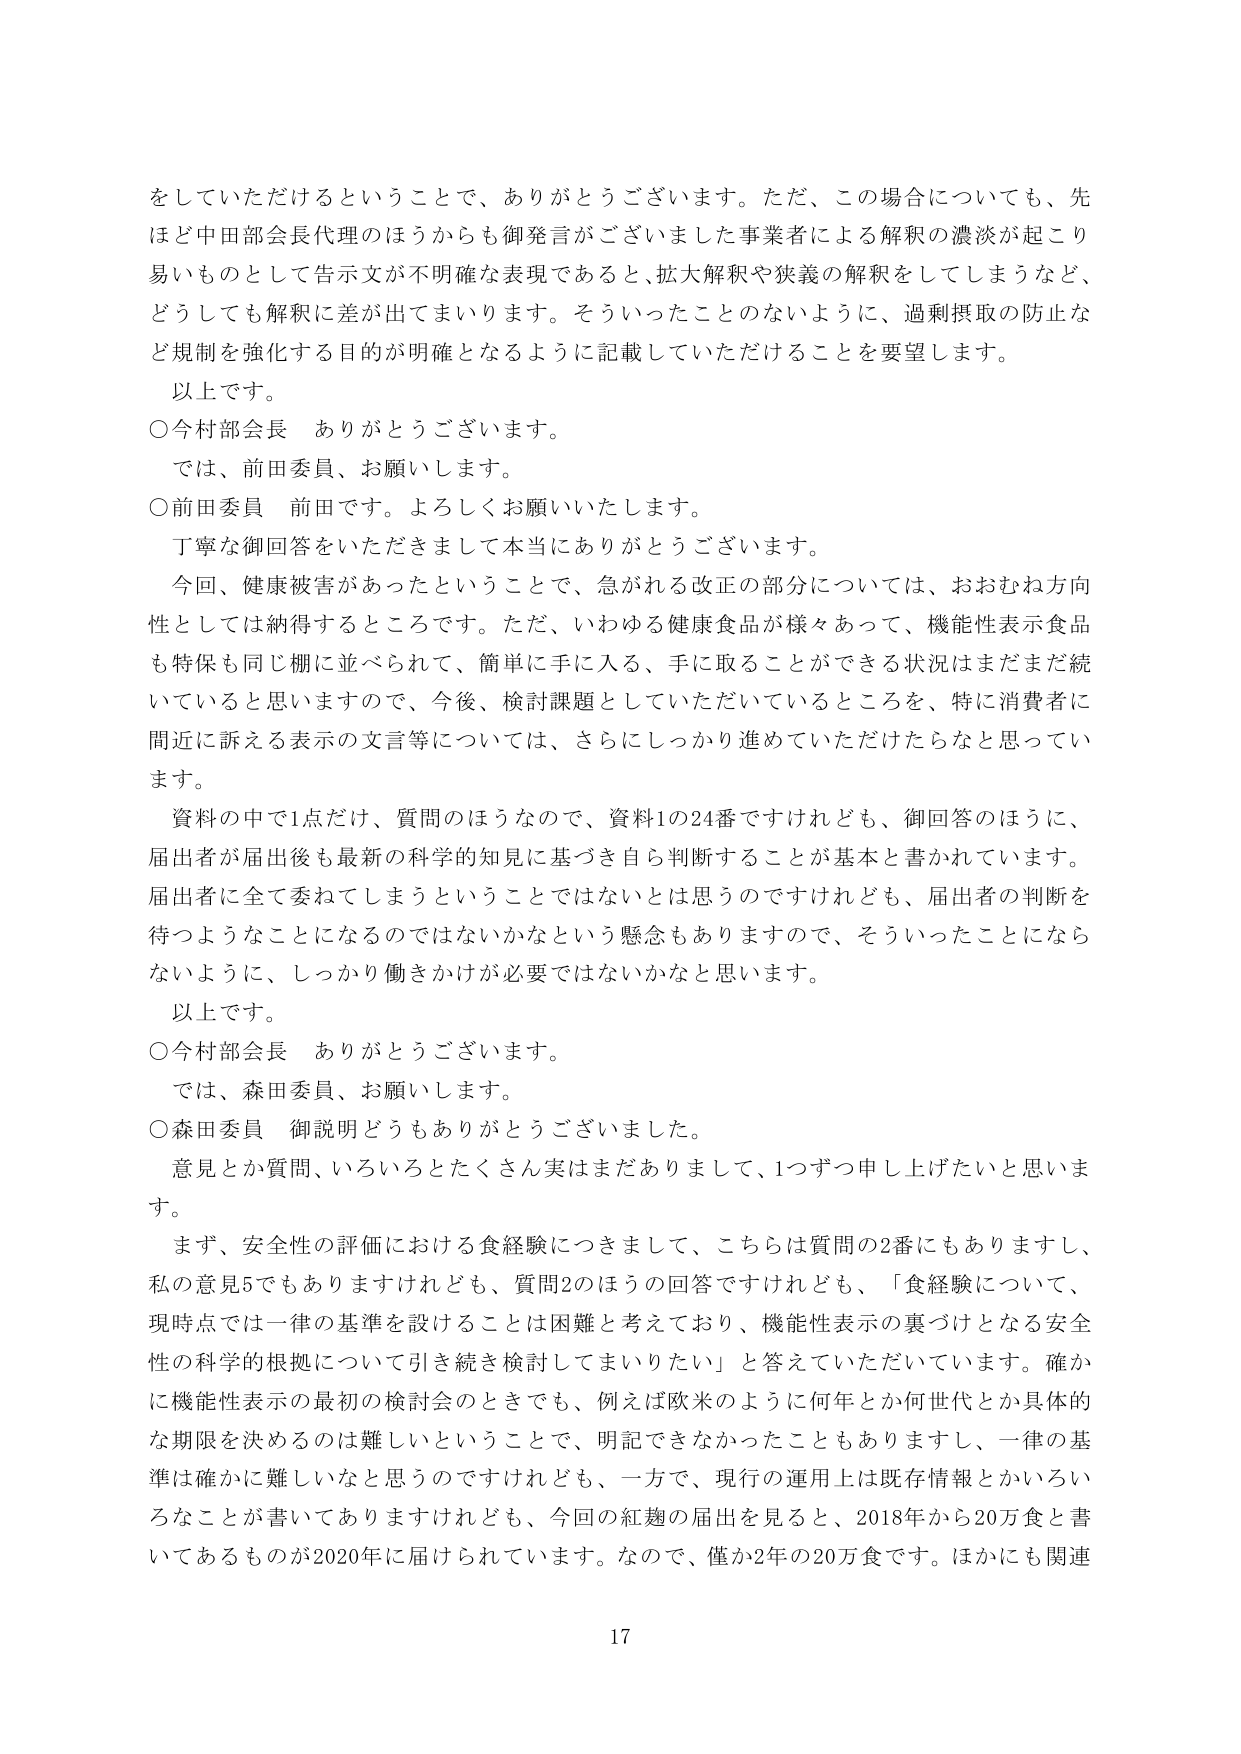
をしていただけるということで、ありがとうございます。ただ、この場合についても、先
ほど中村部会長代理のほうからも御発言がございました事業者による解釈の濃淡が起こり
易いものとして告示文が不明確な表現であると、拡大解釈や狭義の解釈をしてしまうなど、
どうしても解釈に差が出てしまいます。そういったことのないように、過剰摂取の防止な
ど規制を強化する目的が明確となるように記載していただけることを要望します。
以上です。
○今村部会長　ありがとうございます。
では、前田委員、お願いします。
○前田委員　前田です。よろしくお願いいたします。
丁寧な御回答をいただきまして本当にありがとうございます。
今回、健康被害があったということで、急がれる改正の部分については、おおむね方向
性としては納得するところです。ただ、いわゆる健康食品が様々あって、機能性表示食品
も特保も同じ棚に並べられて、簡単に手に入る、手に取ることができる状況はまだまだ続
いていると思いますので、今後、検討課題としていただいているところを、特に消費者に
間近に訴える表示の文言等については、さらにしっかり進めていただけたらなと思ってい
ます。
資料の中で1点だけ、質問のほうなので、資料1の24番ですけれども、御回答のほうに、
届出者が届出後も最新の科学的知見に基づき自ら判断することが基本と書かれています。
届出者に全て委ねてしまうということではないとは思うのですけれども、届出者の判断を
待つようことになるのではないかなという懸念もありますので、そういったことになら
ないように、しっかり働きかけが必要ではないかなと思います。
以上です。
○今村部会長　ありがとうございます。
では、森田委員、お願いします。
○森田委員　御説明どうもありがとうございました。
意見とか質問、いろいろとたくさん実はまだありまして、1つずつ申し上げたいと思いま
す。
まず、安全性の評価における食経験につきまして、こちらは質問の2番にもありますし、
私の意見5でもありますけれども、質問2のほうの回答ですけれども、「食経験について、
現時点では一律の基準を設けることは困難と考えており、機能性表示の裏づけとなる安全
性の科学的根拠について引き続き検討してまいりたい」と答えていただいています。確か
に機能性表示の最初の検討会のときでも、例えば欧米のように何年とか何世代とか具体的
な期限を決めるのは難しいということで、明記できなかったこともありますし、一律の基
準は確かに難しいなと思うのですけれども、一方で、現行の運用上は既存情報とかいろい
ろなことが書いてありますけれども、今回の紅麹の届出を見ると、2018年から20万食と書
いてあるものが2020年に届けられています。なので、僅か2年の20万食です。ほかにも関連
17